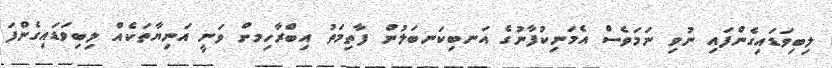
ލިބިވަޑައިގެންފައި ނުވި ނަމަވެސް އެެމަނިކުފާނުގެ އަނބިކަނބަލުން ފާތިމަތު އިބްރާހިމށް ވަނީ އަނިޔާތަކެއް ލިބިވަޑައިގެންފަ